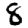
Digit: 8